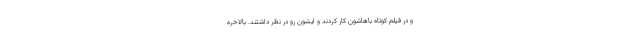
و در فیلم کوتاه باهاشون کار کردند و ایشون رو در نظر داشتند. بالاخره